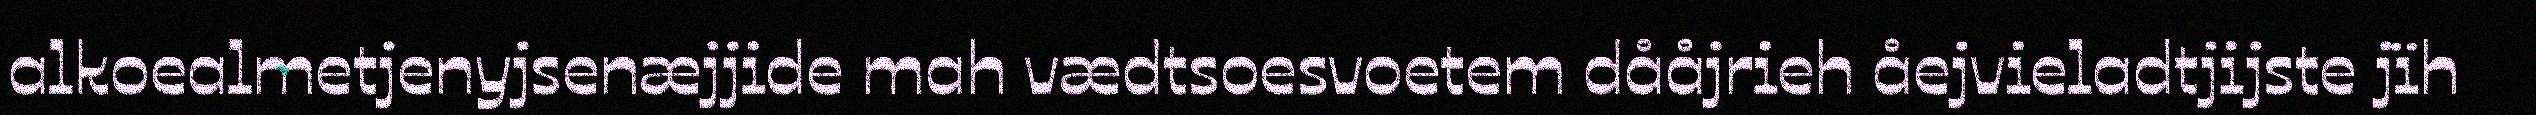
alkoealmetjenyjsenæjjide mah vædtsoesvoetem dååjrieh åejvieladtjijste jïh